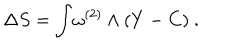
LaTeX: \Delta S = \int \! \omega ^ { ( 2 ) } \wedge ( Y - C ) \ .